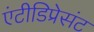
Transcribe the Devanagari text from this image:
एंटीडिप्रेसंट